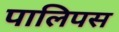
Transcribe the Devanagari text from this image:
पालिपस